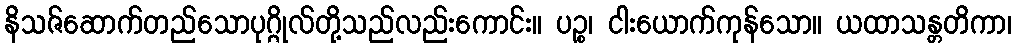
နိသဇ်ဆောက်တည်သောပုဂ္ဂိုလ်တို့သည်လည်းကောင်း။ ပဉ္စ၊ ငါးယောက်ကုန်သော။ ယထာသန္တတိကာ၊